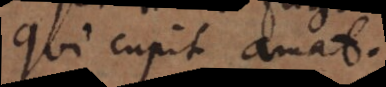
Qui cupit amat.